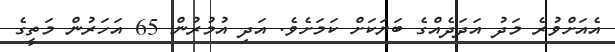
އެއަށްވުރެ މަދު އަދަދެއްގެ ބަޔަކަށް ކަމަށެވެ. އަދި އުމުރުން 65 އަހަރުން މަތީގެ